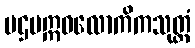
ပဌမဣဓလောကိကသုတ္တံ